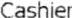
CASHIER